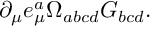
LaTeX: \partial _ { \mu } e _ { \mu } ^ { a } \Omega _ { a b c d } G _ { b c d } .